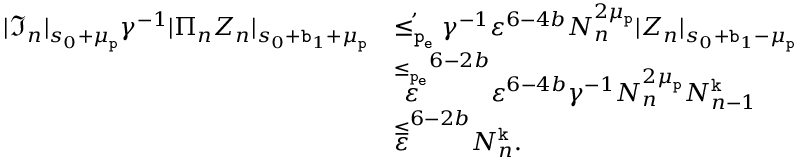
\begin{array} { r l } { | \mathfrak { I } _ { n } | _ { s _ { 0 } + \mu _ { \mathtt { p } } } \gamma ^ { - 1 } | \Pi _ { n } Z _ { n } | _ { s _ { 0 } + \mathtt { b } _ { 1 } + \mu _ { \mathtt { p } } } } & { \overset { , } { \le _ { \mathtt { p _ { e } } } } \gamma ^ { - 1 } \varepsilon ^ { 6 - 4 b } N _ { n } ^ { 2 \mu _ { \mathtt { p } } } | Z _ { n } | _ { s _ { 0 } + \mathtt { b } _ { 1 } - \mu _ { \mathtt { p } } } } \\ & { \overset { \le _ { \mathtt { p _ { e } } } } \varepsilon ^ { 6 - 2 b } \varepsilon ^ { 6 - 4 b } \gamma ^ { - 1 } N _ { n } ^ { 2 \mu _ { \mathtt { p } } } N _ { n - 1 } ^ { \mathtt { k } } } \\ & { \overset \le \varepsilon ^ { 6 - 2 b } N _ { n } ^ { \mathtt { k } } . } \end{array}